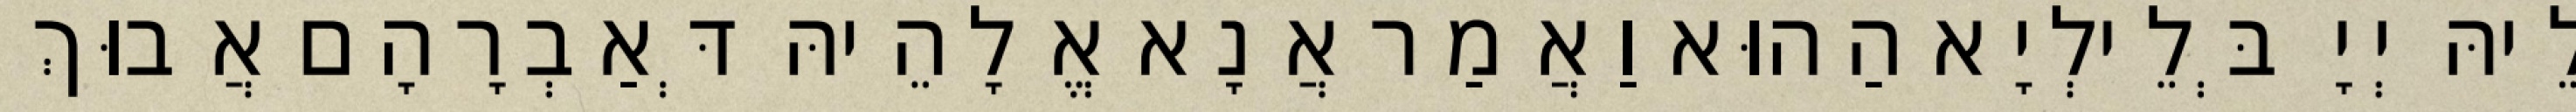
לֵיהּ יְיָ בְּלֵילְיָא הַהוּא וַאֲמַר אֲנָא אֱלָהֵיהּ דְּאַבְרָהָם אֲבוּךְ